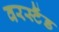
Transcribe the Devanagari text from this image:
वरस्टैंड